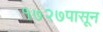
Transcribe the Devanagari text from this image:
१७२७पासून